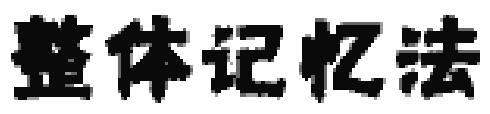
整体记忆法